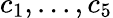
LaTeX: c_{1},...,c_{5}